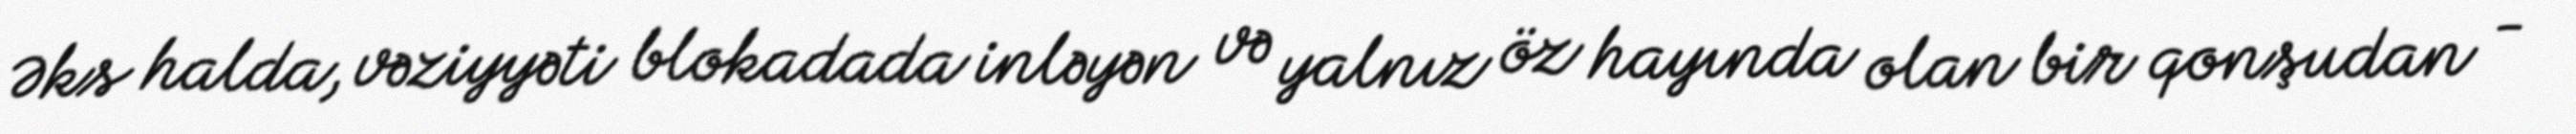
Əks halda, vəziyyəti blokadada inləyən və yalnız öz hayında olan bir qonşudan -